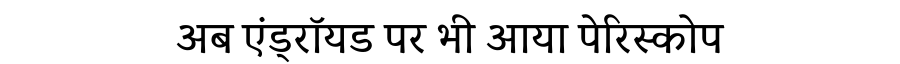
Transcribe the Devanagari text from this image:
अब एंड्रॉयड पर भी आया पेरिस्कोप